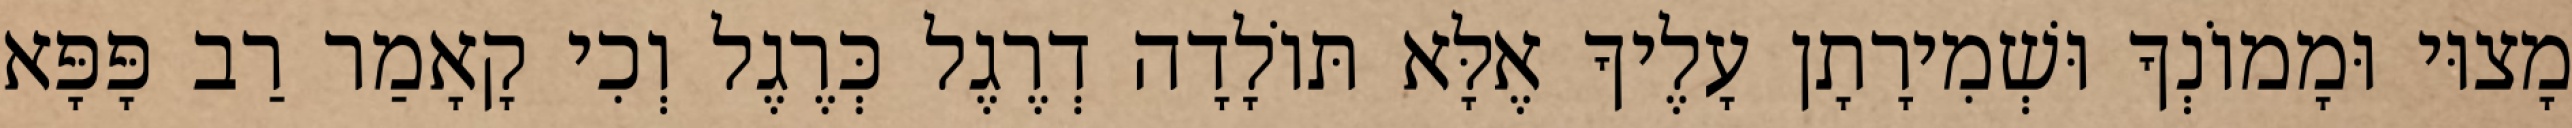
מָצוּי וּמָמוֹנְךָ וּשְׁמִירָתָן עָלֶיךָ אֶלָּא תּוֹלָדָה דְרֶגֶל כְּרֶגֶל וְכִי קָאָמַר רַב פָּפָּא